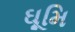
ઘૂમિ